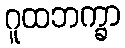
ဂူထဘက္ခာ